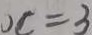
O C = 3